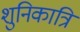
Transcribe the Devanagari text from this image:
शुनिकात्रि